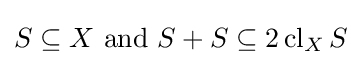
S\subseteq X{\text{ and }}S+S\subseteq 2\operatorname {cl} _{X}S